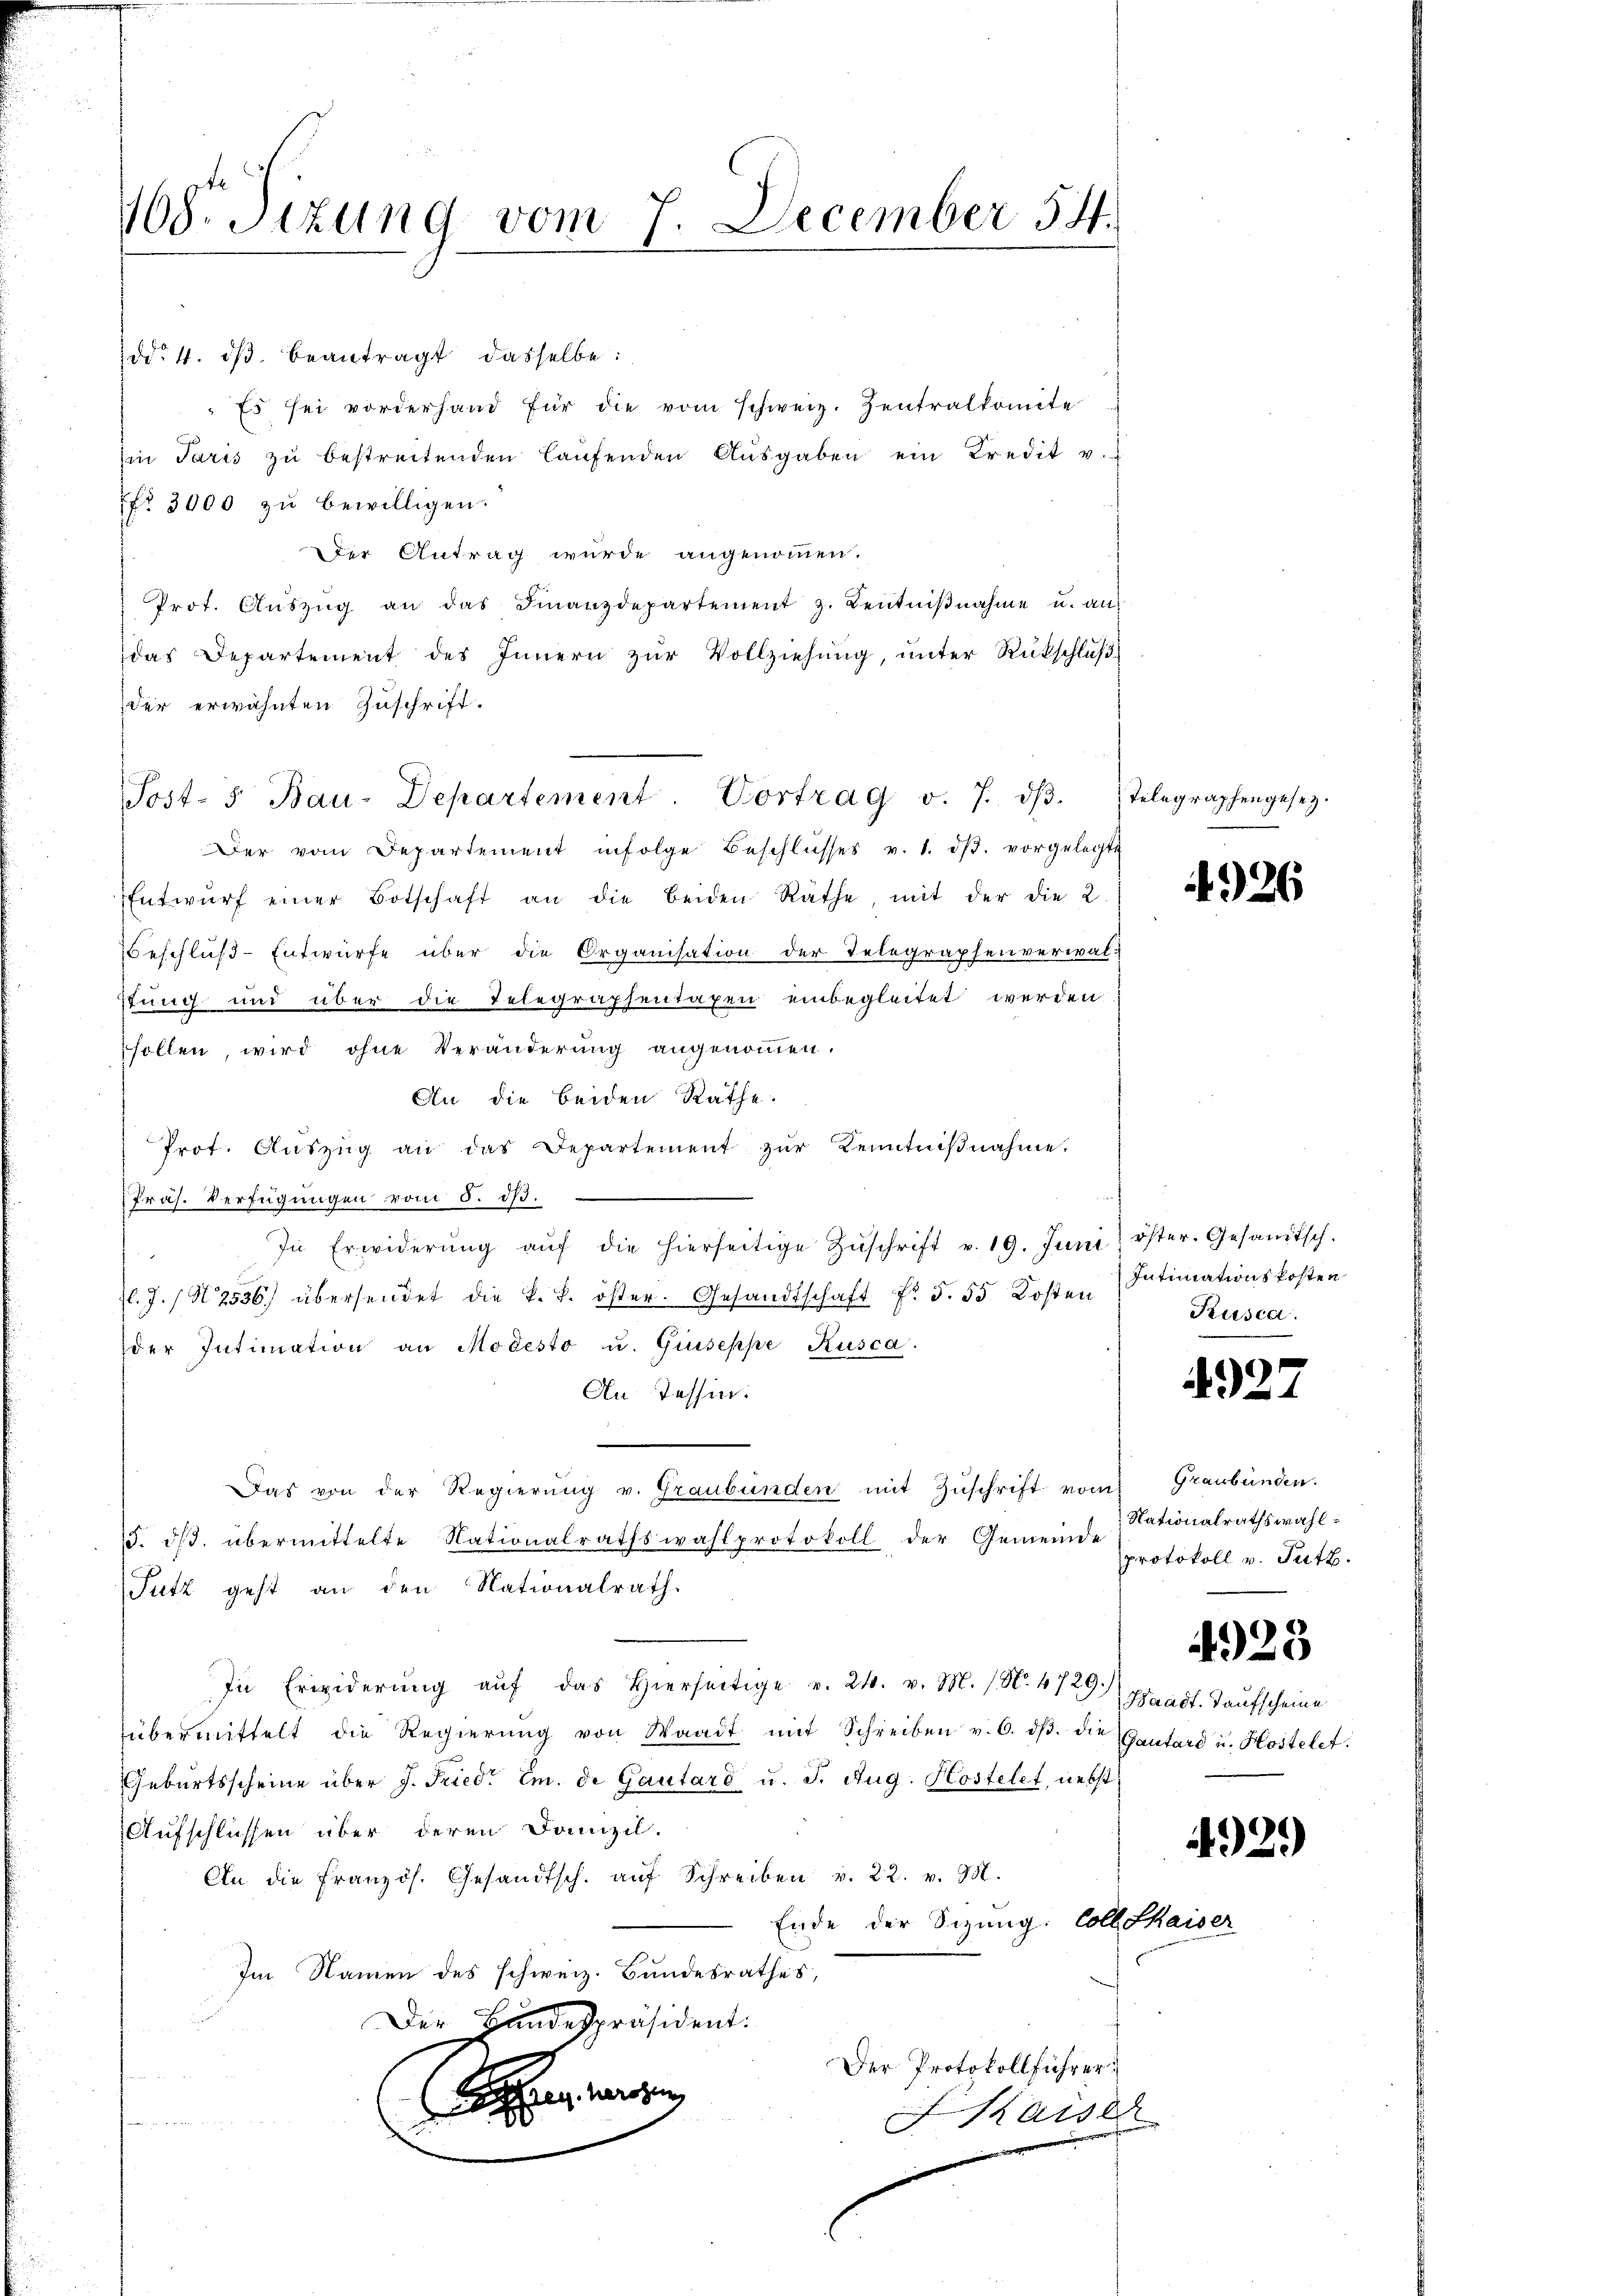
dd. 4. dβ beantragt dasselbe:
"Es sei vorderhand für die vom schweiz. Zentralkomite
Ein Paris zu bestreitenden laŭfenden Aŭsgaben ein Kredit v.
7fr. 3000 zŭ bewilligen.
Der Antrag wurde angenommen.
Prot. Aŭszŭg an das Finanzdepartement z. Bentniβnahme u. ans
das Departement des Innern zŭr Vollziehung, unter Rückschlußder erwähnten Zuschrift.
Der vom Departement infolge Beschlŭsses v. 1. dβ. vorgelegte
Entwŭrf einer Botschaft an die beiden Räthe mit der die 2
Beschluß-Entwurfe über die Organisation der Telegraphenverwal-
stung und über die Telegraphentaxen einbegleitet werden.
sollen, wird ohne Veränderung angenommen.
An die beiden Rathe.
Prof. Auszug an das Departement zur Kenntnißnahme.
Präs. Verfügungen vom 5. d.
In Erwiderŭng aŭf die hierseitige Zŭschrift v. 19. Juni öster. Gesandtsch.
l. J. N. 2536) übersendet die k. k. öster. Gesandtschaft f. 5. 55 Kosten Intimationskosten
der Intimation an Modesto u. Giuseppe Rusca.
An Tessin.
Das von der Regierŭng v. Graubünden mit Zŭschrift vom Graubünden.
5. dβ. übermittelte Nationalrathswahlprotokoll der Gemeinde
Sutz geht an den Nationalrath.
In Erwiderŭng aŭf das hierseitige v. 24. v. M. (N. 4729.)
übermittelt die Regierŭng von Waadt mit Schreiben v. 6. dβ. die Gautard u. Hostelet.
Gebŭrtsscheine über J. Fried. Em. de Gautard u. J. Aug. Kostelet, nebst
Aufschlüssen über deren Domizil.
An die Französ. Gesandtsch. aŭf Schreiben v. 22. v. 98.
Ende der Sizung: Coll thaiser
Im Namen des schweiz. Bundesrathes,
Der Bundespräsident:
Der Protokollführer
An weiten
Kaise
denn ein ein

168. Sezung vom 7. December 54.

Post- 5. Bau-Departement. Vortrag v. 7. dβ. Telegraphengesetz-

4926

Kusca.

4927

Nationalrathswahlprotokoll v. Putz.

Waadt, Taufscheine

4923

4929)